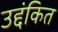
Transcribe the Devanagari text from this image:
उद्दंकित